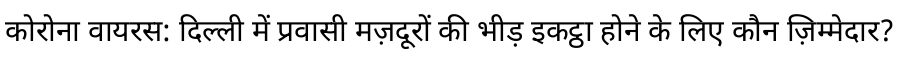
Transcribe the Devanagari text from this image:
कोरोना वायरस: दिल्ली में प्रवासी मज़दूरों की भीड़ इकट्ठा होने के लिए कौन ज़िम्मेदार?